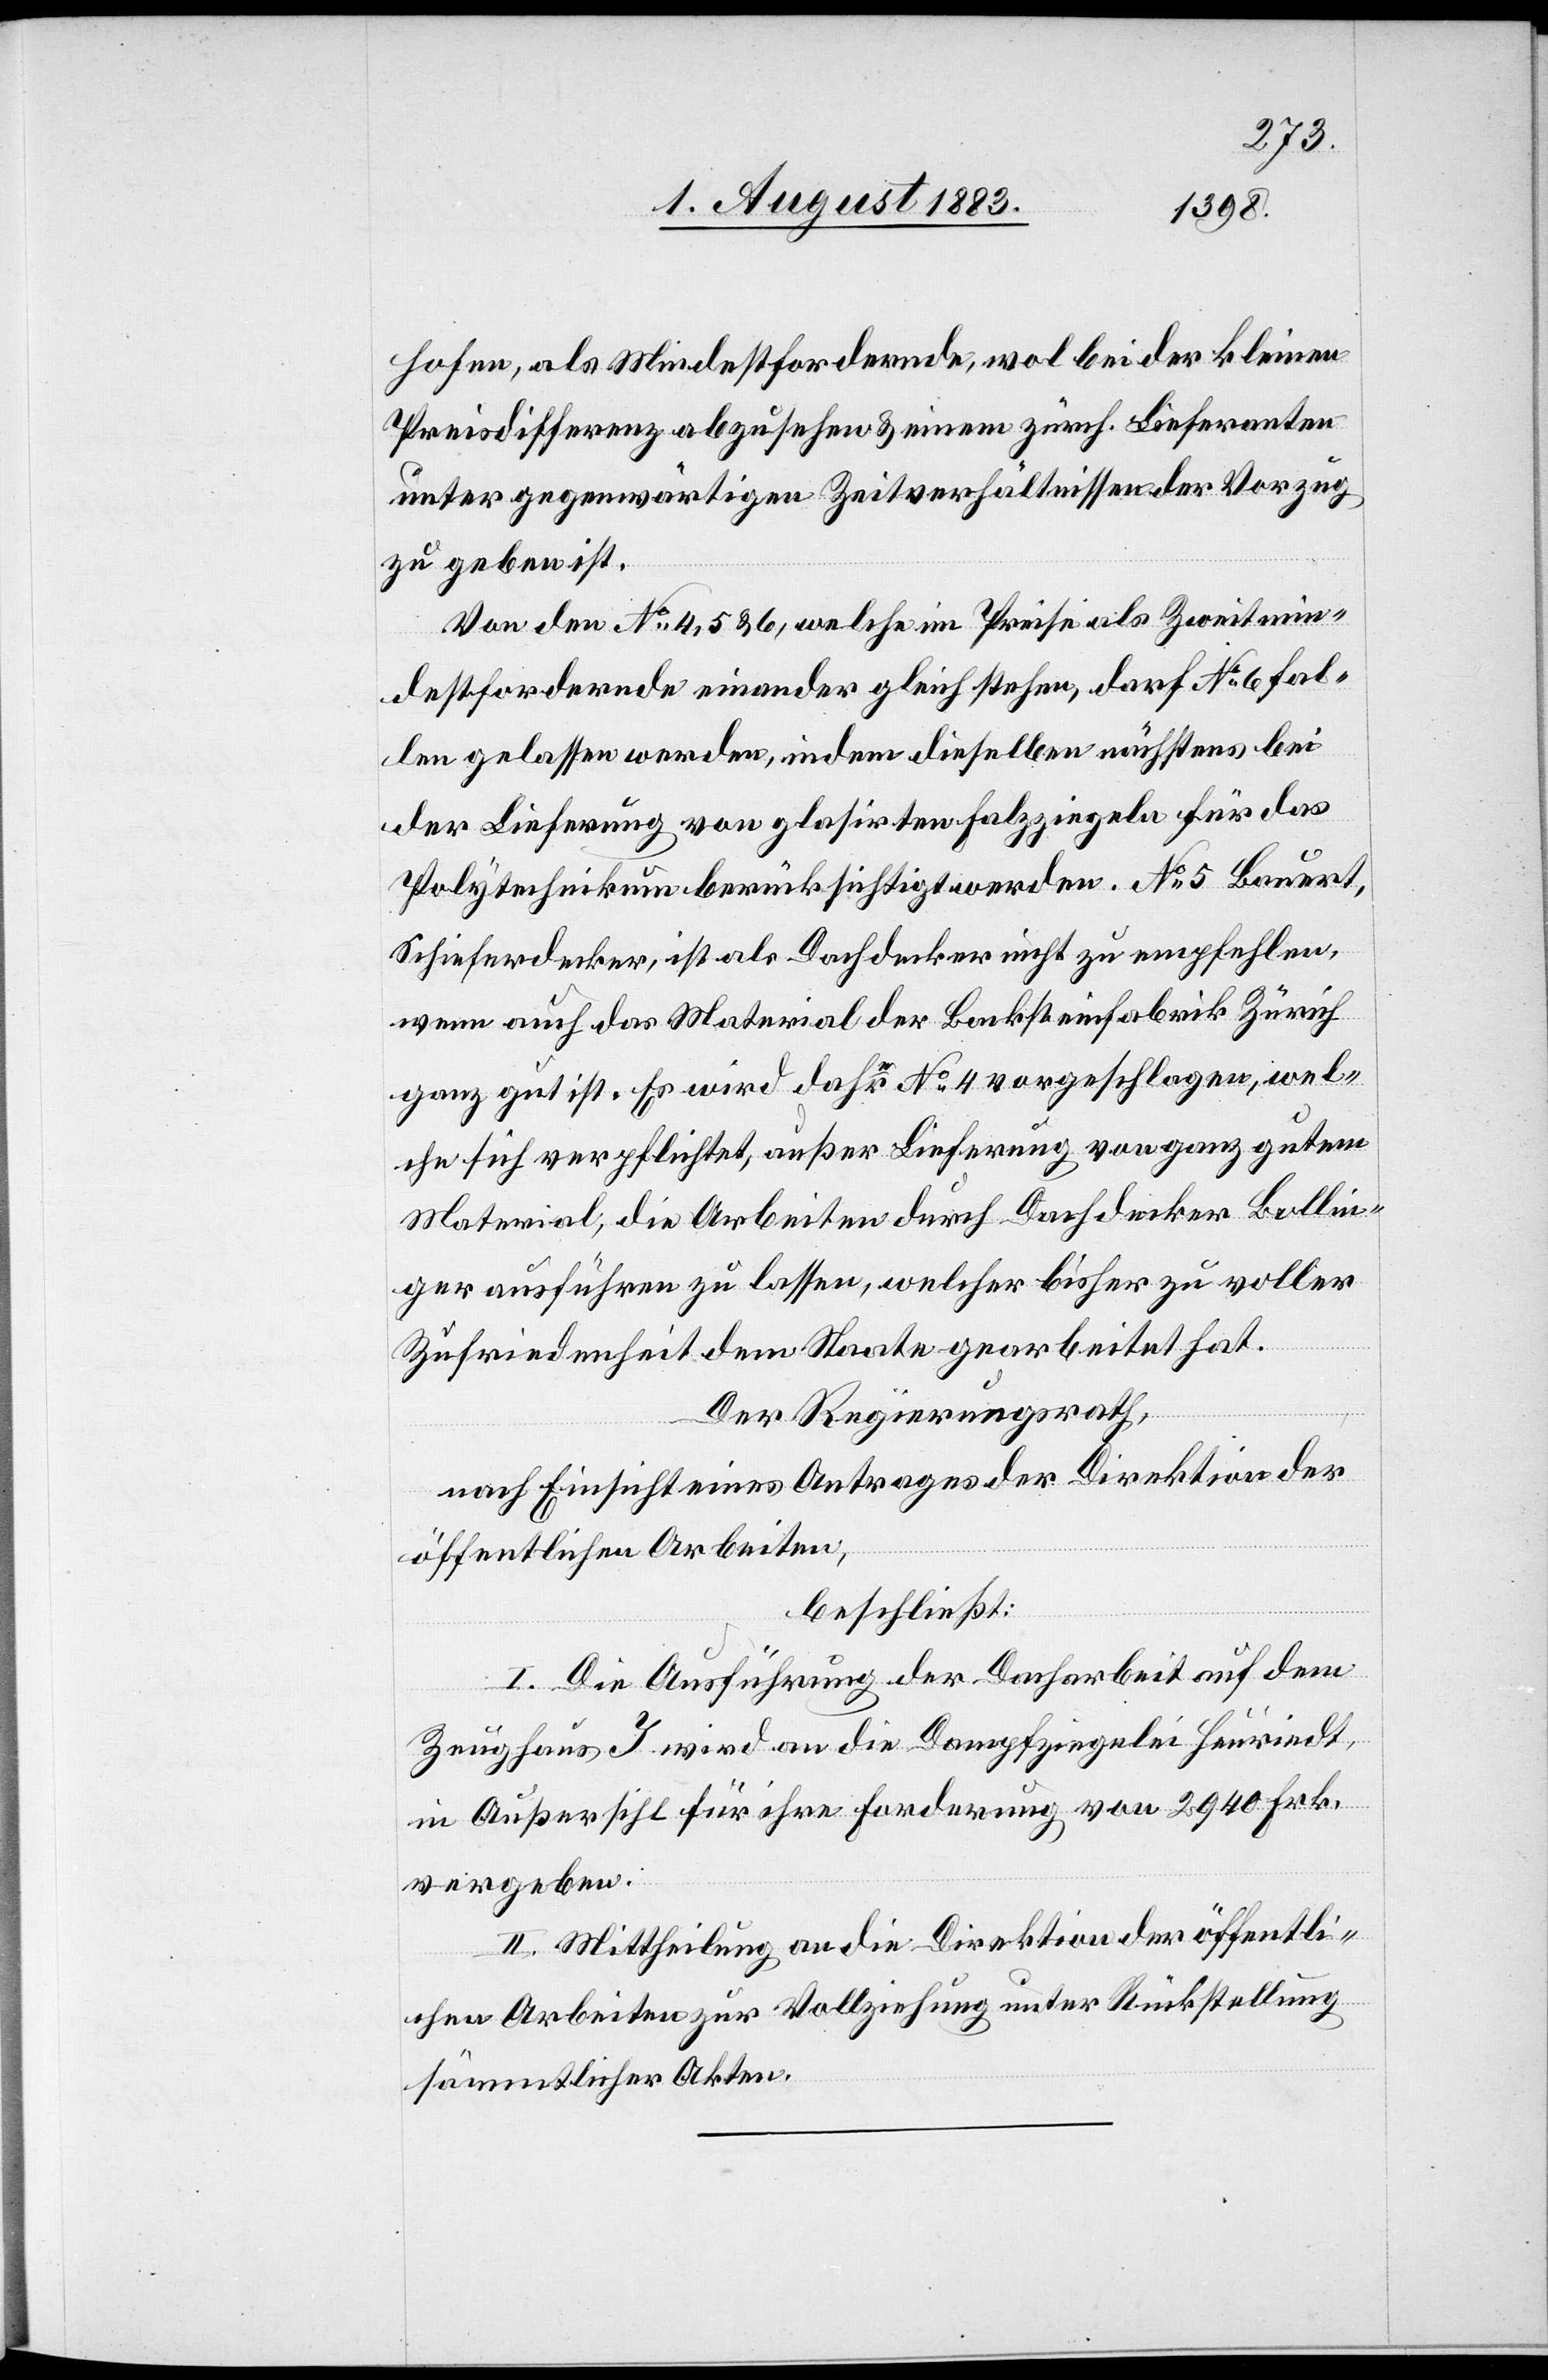
hofen, als Mindestordernde, wol bei der kleinen
Preisdifferenz abzusehen & einem zürch. Lieferanten
unter gegenwärtigen Zeitverhältnissen der Vorzug
zu geben ist.
Von den No 4, 5 & 6, welche im Preise als Zweitmin¬
destordernde einander gleich stehen, darf No 6 fal¬
len gelassen werden, indem dieselben nächstens bei
der Lieferung von glasirten Falzziegeln für das
Polytechnikum berücksichtigt werden. No 5 Bauert,
Schieferdecker, ist als Dachdecker nicht zu empfehlen,
wenn auch das Material der Backsteinfabrik Zürch
ganz gut ist. Es wird daher No 4 vorgeschlagen, wel¬
che sich verpflichtet, außer Lieferung von ganz gutem
Material, die Arbeiten durch Dachdecker Bollin¬
ger ausführen zu lassen, welcher bisher zu voller
Zufriedenheit dem [sic!] Staate gearbeitet hat.
Der Regierungsrath,
nach Einsicht eines Antrages der Direktion der
öffentlichen Arbeiten,
beschließt:
I. Die Ausführung der Dacharbeit auf dem
Zeughaus I wird an die Dampfziegelei Heuriedt,
in Außersihl für ihre Forderung von 2940 Frk.
vergeben.
II. Mittheilung an die Direktion der öffentli¬
chen Arbeiten zur Vollziehung unter Rückstellung
sämmtlicher Akten.